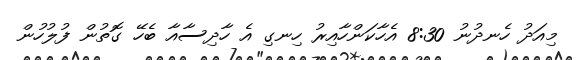
މިއަދު ހެނދުނު 8:30 އެހާކަންހާއިރު ހިނގި އެ ހާދިސާއާ ބެހޭ ގޮތުން ފުލުހުން